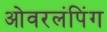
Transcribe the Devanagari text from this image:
ओवरलंपिंग